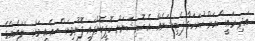
އަދި ރައީސްއަށް ހުށަހަޅާ ޕެޓިޝަނެއް އެ ކޮމިޝަނަށް ކޮޕީކޮށްފައި ފޮނުވިޔަސް އެއީ މައްސަލައެއްގެ